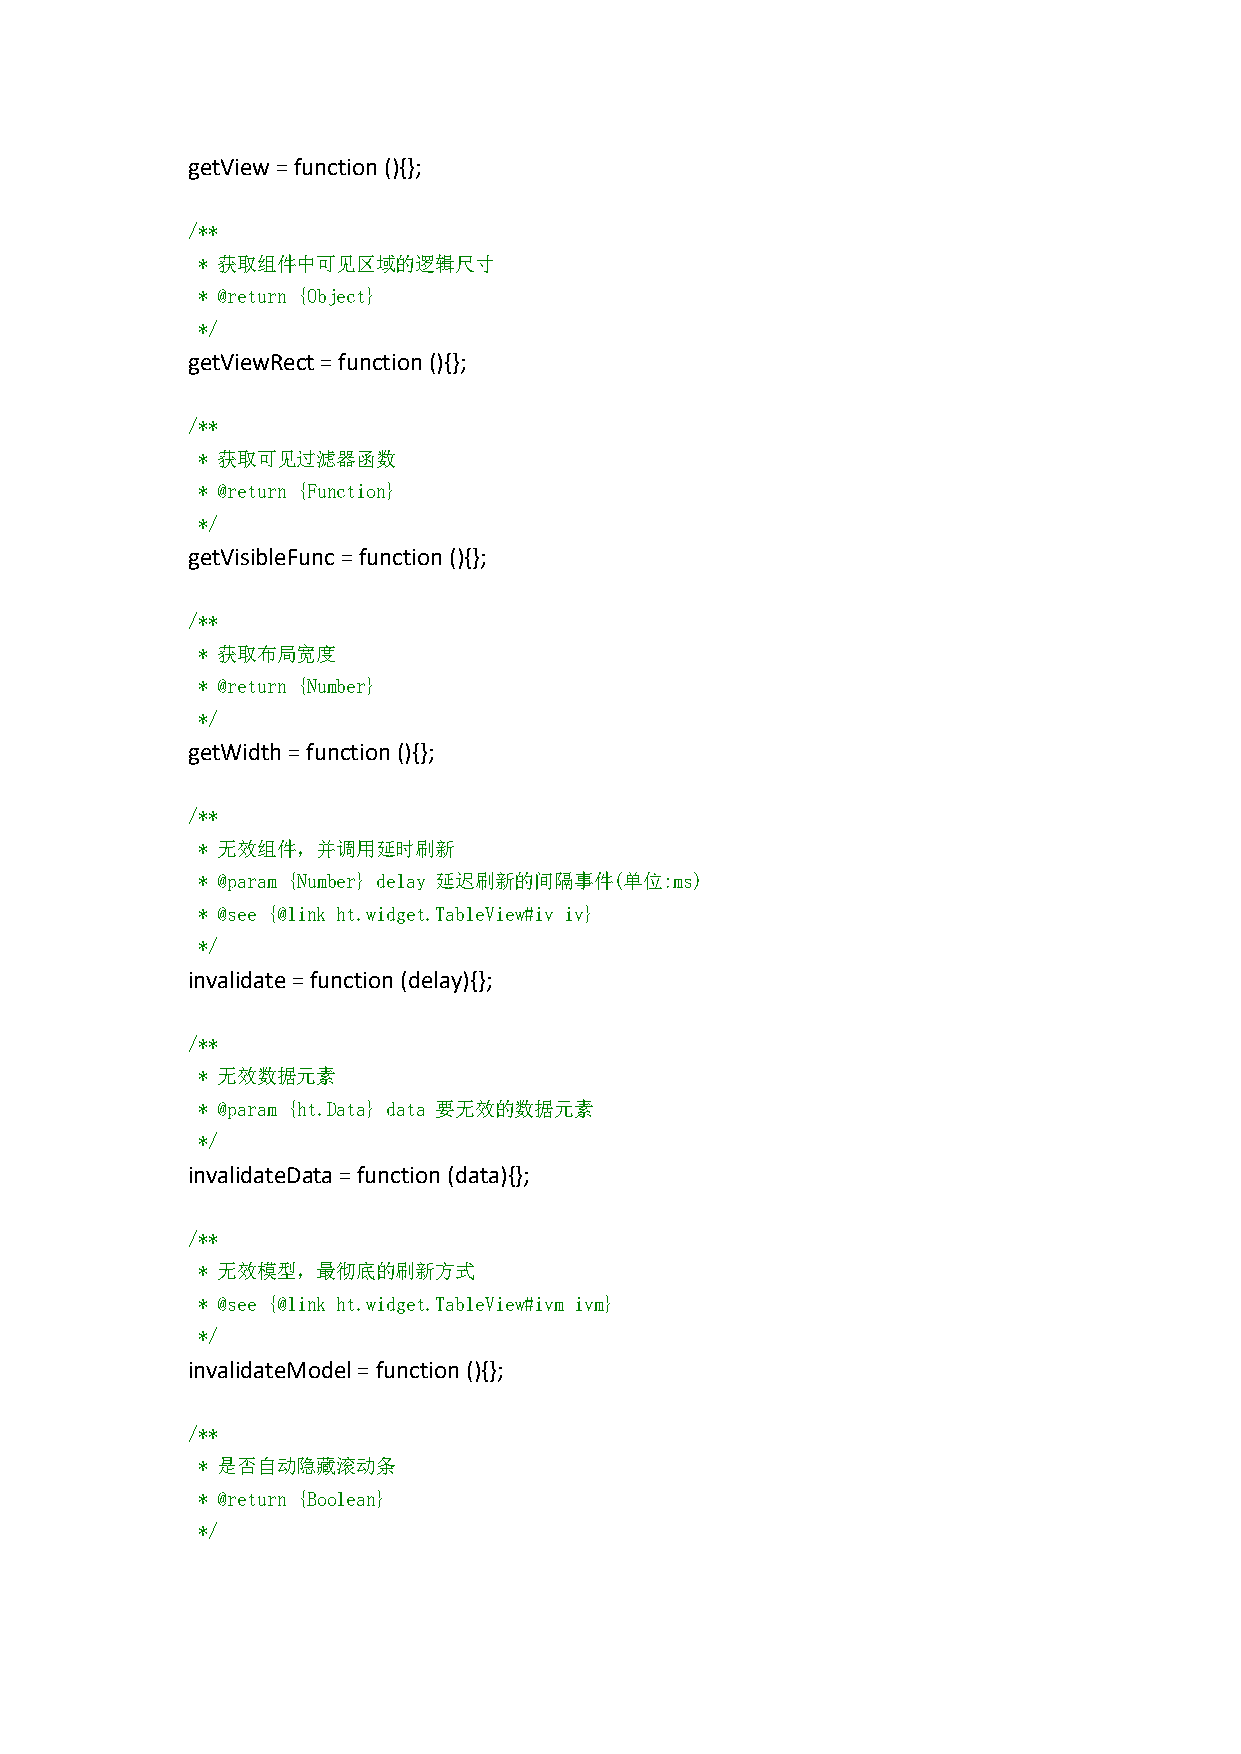
getView=function(){};
 /**
 * 获取组件中可见区域的逻辑尺寸
 * @return {Object}
 */
 getViewRect=function(){};
 /**
 * 获取可见过滤器函数
 * @return {Function}
 */
 getVisibleFunc=function(){};
 /**
 * 获取布局宽度
 * @return {Number}
 */
 getWidth=function(){};
 /**
 * 无效组件，并调用延时刷新
 * @param {Number} delay 延迟刷新的间隔事件(单位:ms)
 * @see {@link ht.widget.TableView#iv iv}
 */
 invalidate=function(delay){};
 /**
 * 无效数据元素
 * @param {ht.Data} data 要无效的数据元素
 */
 invalidateData=function(data){};
 /**
 * 无效模型，最彻底的刷新方式
 * @see {@link ht.widget.TableView#ivm ivm}
 */
 invalidateModel=function(){};
 /**
 * 是否自动隐藏滚动条
 * @return {Boolean}
 */